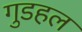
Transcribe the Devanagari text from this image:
गुडहल